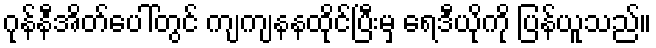
ဂုန်နီအိတ်ပေါ်တွင် ကျကျနနထိုင်ပြီးမှ ရေဒီယိုကို ပြန်ယူသည်။